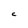
Character: C